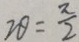
2 \theta = \frac { \pi } { 2 }